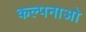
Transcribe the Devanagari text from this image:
कल्पनाओ